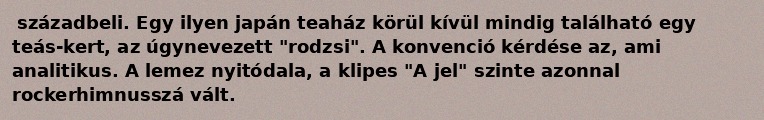
századbeli. Egy ilyen japán teaház körül kívül mindig található egy teás-kert, az úgynevezett "rodzsi". A konvenció kérdése az, ami analitikus. A lemez nyitódala, a klipes "A jel" szinte azonnal rockerhimnusszá vált.